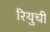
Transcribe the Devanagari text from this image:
रियुची